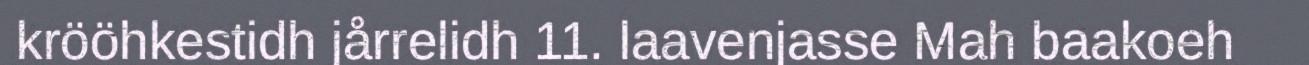
krööhkestidh jårrelidh 11. laavenjasse Mah baakoeh